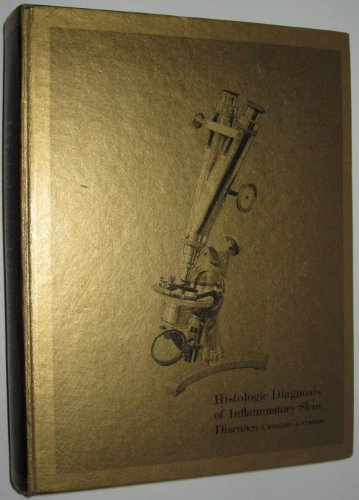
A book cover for Histologic Diagnosis of Inflammatory Skin Diseases: A Method by Pattern Analysis; A. Bernard, M.D. Ackerman; Medical Books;